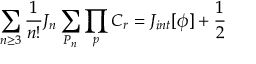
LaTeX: \sum _ { n \ge 3 } { \frac 1 { n ! } } J _ { n } \sum _ { P _ { n } } \prod _ { p } C _ { r } = J _ { i n t } [ \phi ] + { \frac 1 2 }